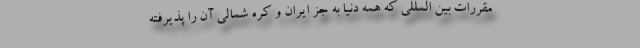
مقررات بین المللی که همه دنیا به جز ایران و کره شمالی آن را پذیرفته